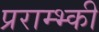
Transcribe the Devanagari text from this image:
प्रराम्भ्की